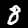
Digit: 8